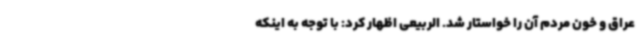
عراق و خون مردم آن را خواستار شد. الربیعی اظهار کرد: با توجه به اینکه